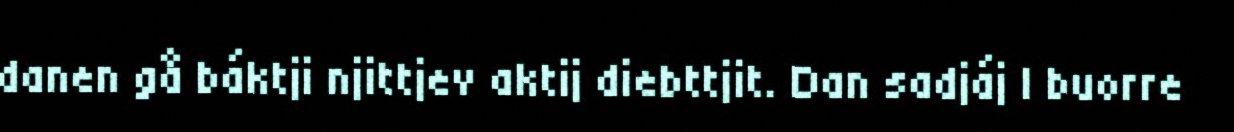
danen gå báktji njittjev aktij diebttjit. Dan sadjáj l buorre